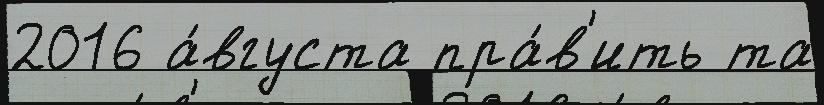
2016 а́вгуста пра́в'ить та